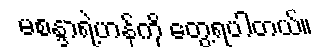
မစန္ဒာရဲ့ဟန်ကို တွေ့ရပါတယ်။